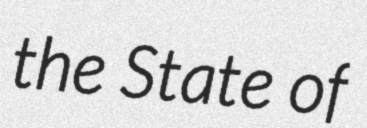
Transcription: the State of